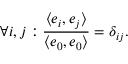
\forall i , j : \frac { \langle e _ { i } , e _ { j } \rangle } { \langle e _ { 0 } , e _ { 0 } \rangle } = \delta _ { i j } .